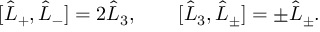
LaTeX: [ \hat { L } _ { + } , \hat { L } _ { - } ] = 2 \hat { L } _ { 3 } , \qquad [ \hat { L } _ { 3 } , \hat { L } _ { \pm } ] = \pm \hat { L } _ { \pm } .